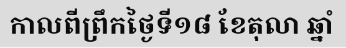
កាលពីព្រឹកថ្ងៃទី១៨ ខែតុលា ឆ្នាំ